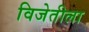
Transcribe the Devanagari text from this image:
विजेतीला